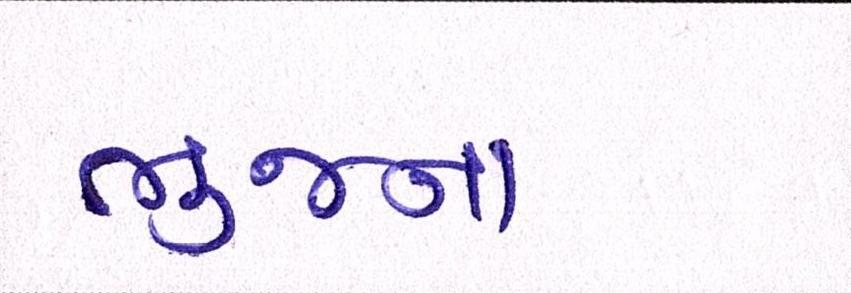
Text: ભુજના